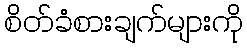
စိတ်ခံစားချက်များကို